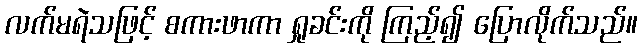
လက်မရဲသဖြင့် စကားဖာကာ ရှုခင်းကို ကြည့်၍ ပြောလိုက်သည်။